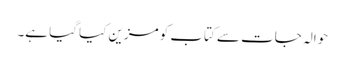
حوالہ جات سے کتاب کو مزین کیا گیا ہے۔